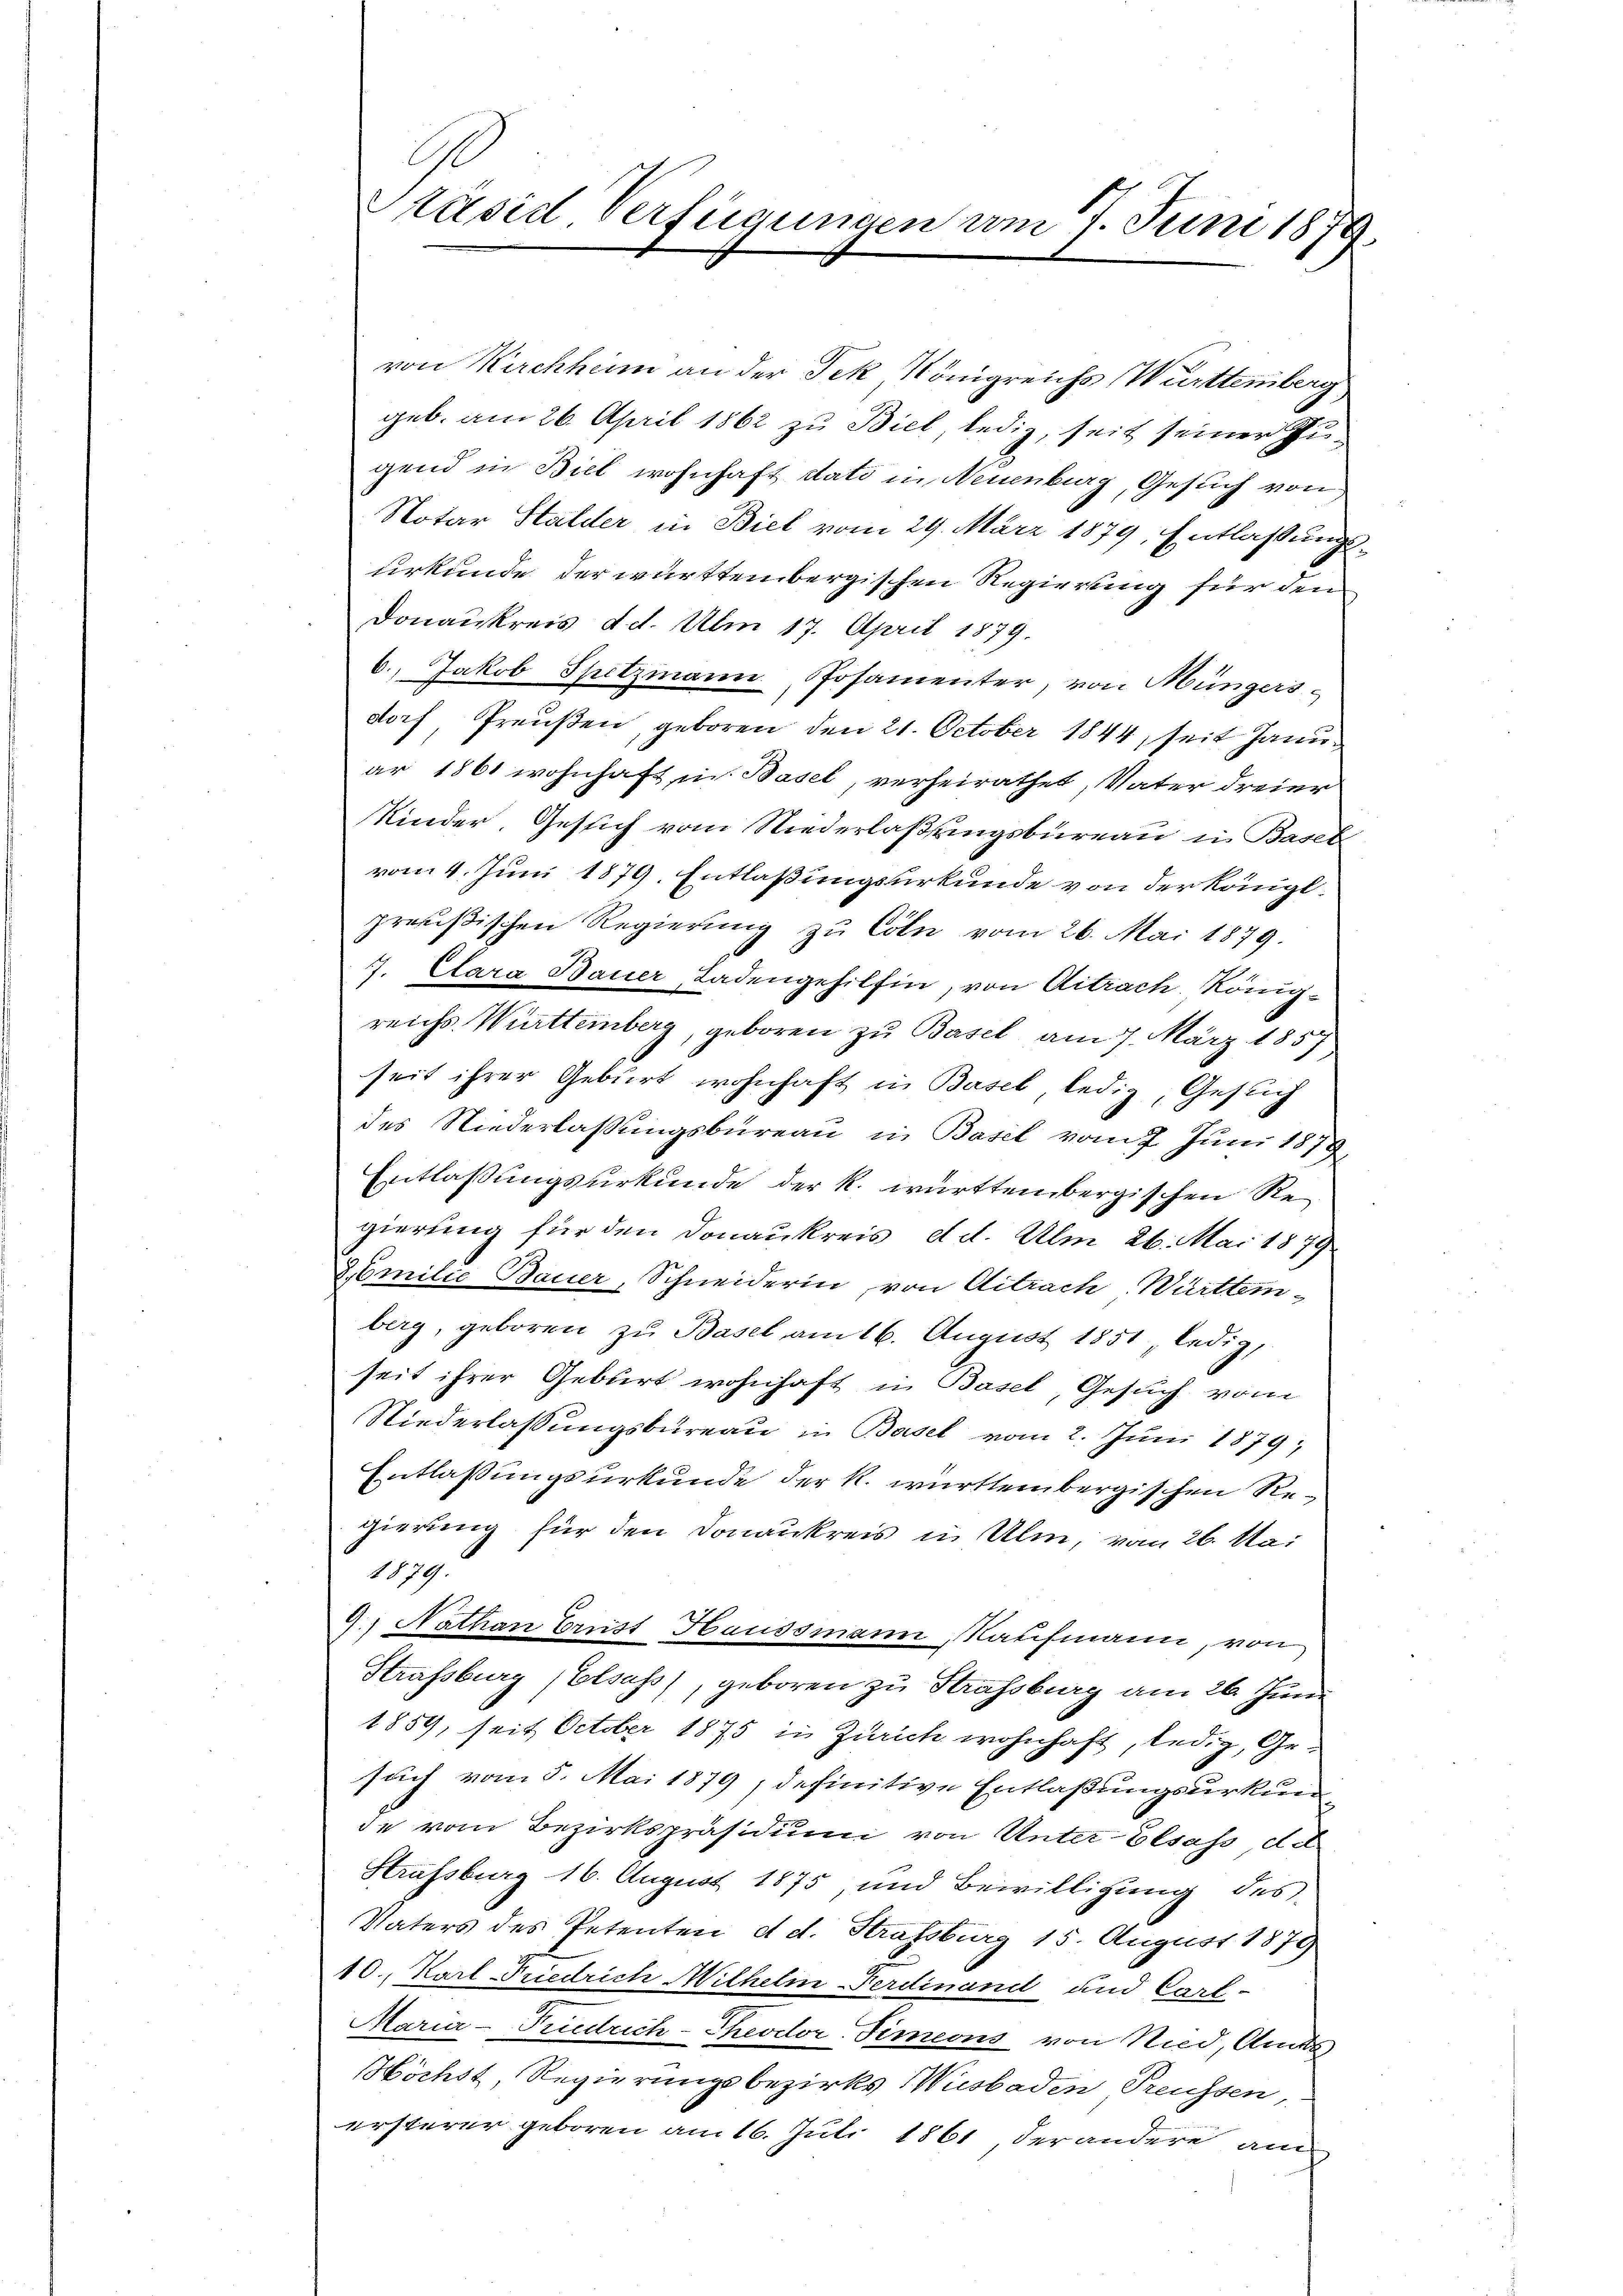
Präsid. Verfügungen am 7. Juni 1879.

von Kirchhin an der Tek Königreichs Württemberg
geb. am 26. April 1862 zu Biel, ledig, seit seiner Zugend in Biel wohnhaft dato in Neuenburg, Gesuch von
Notar Stalder in Biel vom 29. März 1879, Entlassungs-
urkunde der württembergischen Regierung für den
Donaukreis d. d. Am 17. April 1879.
6., Jakob Spitzmann Posamenter, von Müngers
dorf, Preußen, geboren, den 21. October 1844, seit Januar 1861 wohnhaft in Basel, verheirathet, Vater dreier
Kinder, Gesich vom Niederlaßungsbureau in Basel
vom 4. Juni 1879. Entlaßungsurkunde von der Königl.
preußischen Regierung zu Cöln vom 26. Mai 1879.
. Clara Bauer, Ladengehilfen, von Aitrach. Königreichs Württemberg, geboren zu Basel am 7. März 1857
seit ihrer Gebiert wohnhaft in Basel, ledig, Gesuch
des Niederlassungsbureau in Basel vom 7. Juni 1879
Entlassungsurkunde der k. württembergischen Regierung für den Donaukreis d. d. Am 26. Mai 1879.
& Emilie Bauer, Schneiderin, von Aitrach Württem-
berg, geboren zu Basel am 16. August 1851 ledig,
seit ihrer Geburt wohnhaft in Basel, Gesuch vom
Niederlassungsbureau in Basel vom 2. Juni 1879;
Entlaßungsurkunde der k. württembergischen Regierung für den Donaukreis in Alm, vom 26. Mai
1879.
9.) Nathan Crist Haussmann, Kaufmann, von
Strassburg (Elsass, geboren zu Strassburg am 26. Juni
1859, seit October 1875 in Zürich wohnhaft, ledig, Gesuch vom 5. Mai 1879; definitive Entlaßungsurkunde vom Bezirkspräsidium von Unter-Elsass, de
Strassburg 16. August 1875, und Bewilligung des
Vaters des Petenten d. d. Strassburg 15. August 1879
10., Karl Friedrich Mithelm-Ferdinand und Cart-
Maria - Friedrich-Theodor-Simeons von Nid, Amts
Höchst, Regierungsbezirks Wisbaden Preussen,
ersterer geboren am 16. Juli 1861 der andere am